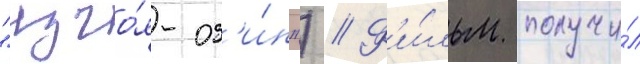
"изго́я-од'и́н") // Ф'и́льм получи́л